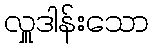
လှူဒါန်းသော